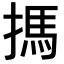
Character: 𢲫